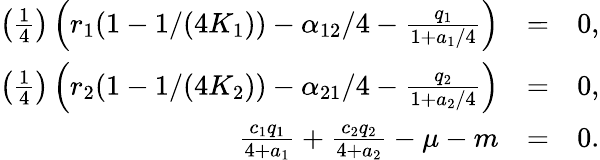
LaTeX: \begin{array}{rlr}{\left(\frac{1}{4}\right)\left(r_{1}(1-1/(4K_{1}))-\alpha_{12}/4-\frac{q_{1}}{1+a_{1}/4}\right)}&{=}&{0,}\\ {\left(\frac{1}{4}\right)\left(r_{2}(1-1/(4K_{2}))-\alpha_{21}/4-\frac{q_{2}}{1+a_{2}/4}\right)}&{=}&{0,}\\ {\frac{c_{1}q_{1}}{4+a_{1}}+\frac{c_{2}q_{2}}{4+a_{2}}-\mu-m}&{=}&{0.}\end{array}